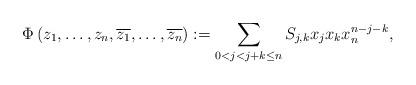
LaTeX: \begin{align*}\Phi\left(z_1,\ldots, z_n,\overline{z_1},\ldots, \overline{z_{n}}\right):=\sum_{0<j<j+k\leq n}S_{j,k}x_jx_kx_n^{n-j-k},\end{align*}